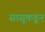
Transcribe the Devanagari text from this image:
सासूकडून